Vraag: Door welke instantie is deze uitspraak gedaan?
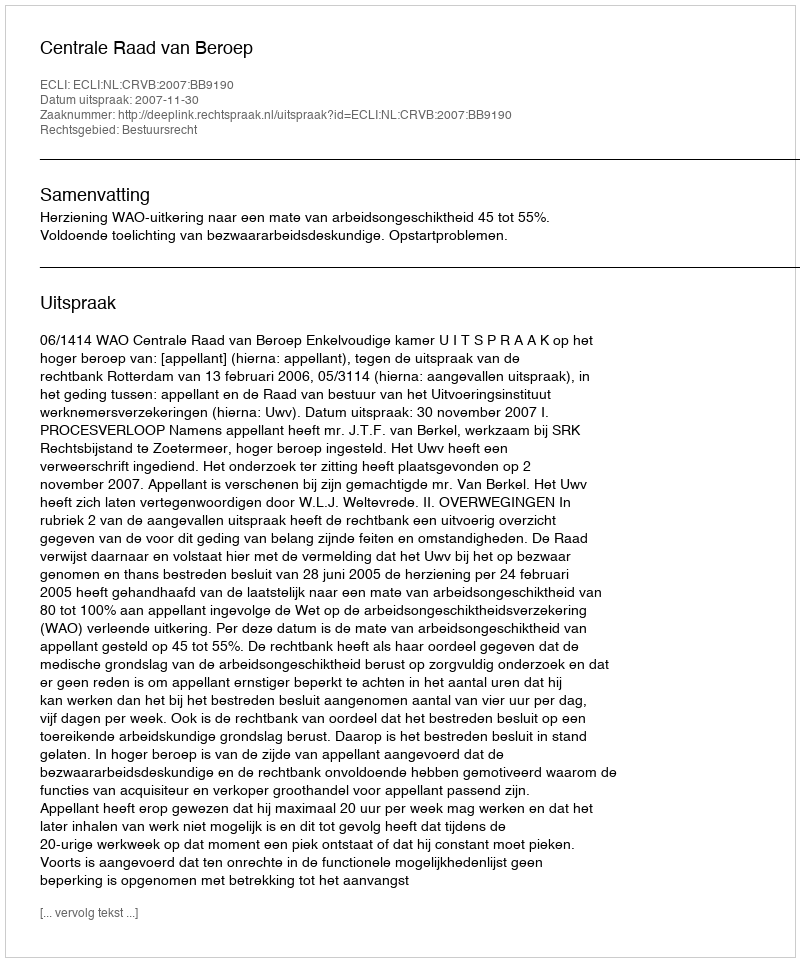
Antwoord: Centrale Raad van Beroep